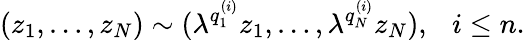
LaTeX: (z_{1},\ldots,z_{N})\sim(\lambda^{q_{1}^{(i)}}z_{1},\ldots,\lambda^{q_{N}^{(i)}}z_{N}),~~~i\le n.